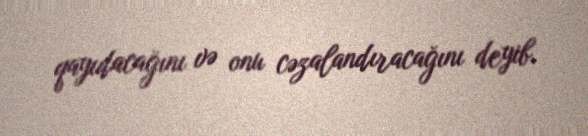
qayıdacağını və onu cəzalandıracağını deyib.